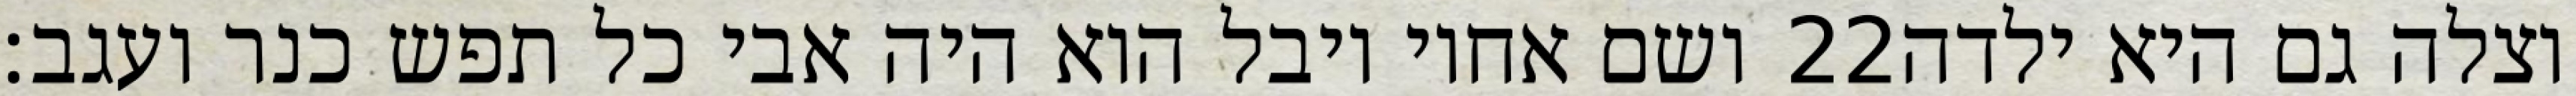
ושם אחיו יובל הוא היה אבי כל תפש כנר ועגב׃ ‎22‏ וצלה גם היא ילדה